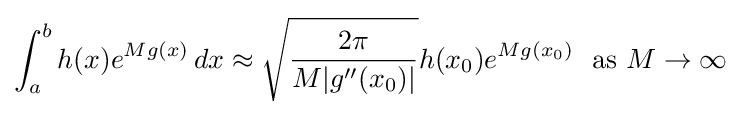
\int _{a}^{b}h(x)e^{Mg(x)}\,dx\approx {\sqrt {\frac {2\pi }{M|g''(x_{0})|}}}h(x_{0})e^{Mg(x_{0})}\ {\text{ as }}M\to \infty